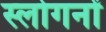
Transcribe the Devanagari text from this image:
स्लोगनों